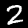
Label: 2